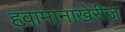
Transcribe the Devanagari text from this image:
हवामानाखेरीज